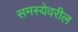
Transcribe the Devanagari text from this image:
समस्येवरील